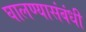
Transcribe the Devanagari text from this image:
घालण्यासंबंधी